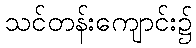
သင်တန်းကျောင်း၌